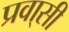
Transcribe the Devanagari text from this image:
प्रवा्सी